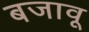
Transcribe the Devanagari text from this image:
बजावू